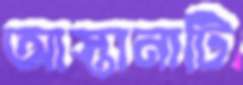
আস্তানাটি